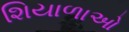
શિયાળાઓ